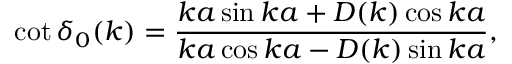
\cot \delta _ { 0 } ( k ) = \frac { k a \sin k a + D ( k ) \cos k a } { k a \cos k a - D ( k ) \sin k a } ,